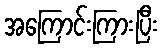
အကြောင်းကြားပြီး